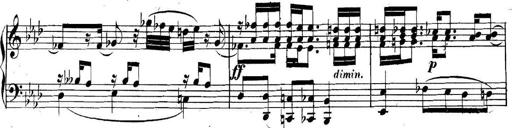
Title: Collected Piano Sonatas
Composer: Muzio Clementi